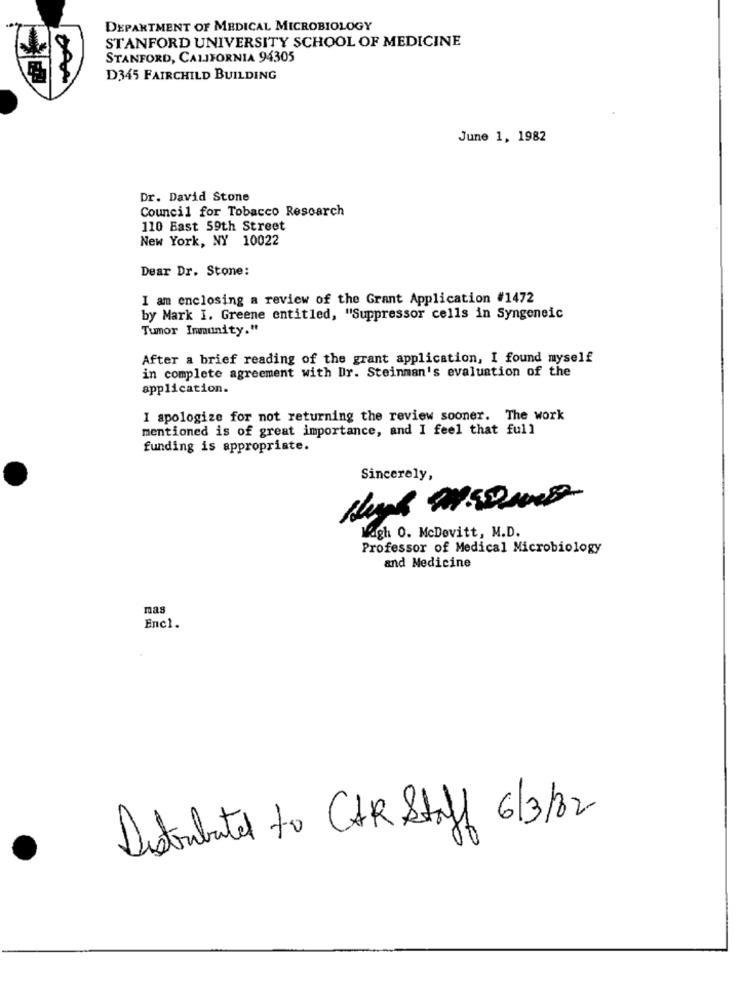
DEPARTMENT OF MEDICAL MICROBIOLOGY
STANFORD UNIVERSITY SCHOOL OF MEDICINE
STANFORD, CALIFORNIA 94305
D345 FAIRCHILD BUILDING
June 1, 1982
Dr. David Stone
Council for Tobacco Research
110 Bast 59th Street
New York, NY 10022
Dear Dr. Stone:
I am enclosing a review of the Grant Application #1472
by Mark I. Greene entitled, "Suppressor cells in Syngeneic
Tumor Immunity."
After a brief reading of the grant application, I found myself
in complete agreement with Dr. Steinman's evaluation of the
application.
I apologize for not returning the review sooner. The work
mentioned is of great importance, and I feel that full
funding is appropriate.
Sincerely,
Magh 0. McDevitt, M.D.
Professor of Medical Microbiology
and Medicine
mas
Enc1.
Distributed to CAR Staff 6/3/2
·